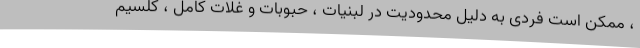
، ممکن است فردی به دلیل محدودیت در لبنیات ، حبوبات و غلات کامل ، کلسیم